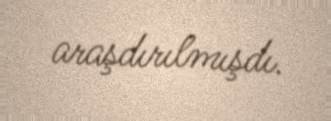
araşdırılmışdı.